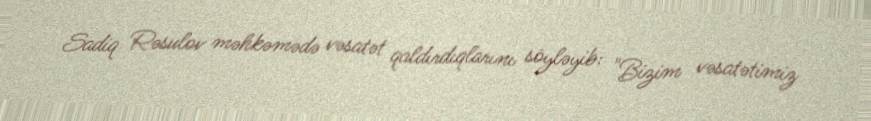
Sadiq Rəsulov məhkəmədə vəsatət qaldırdıqlarını söyləyib: "Bizim vəsatətimiz